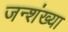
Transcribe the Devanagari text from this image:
जन्शंख्या